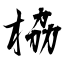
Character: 栛